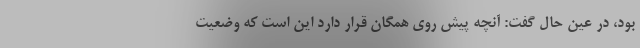
بود، در عین حال گفت: آنچه پیش روی همگان قرار دارد این است که وضعیت